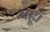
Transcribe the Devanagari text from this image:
बहू।